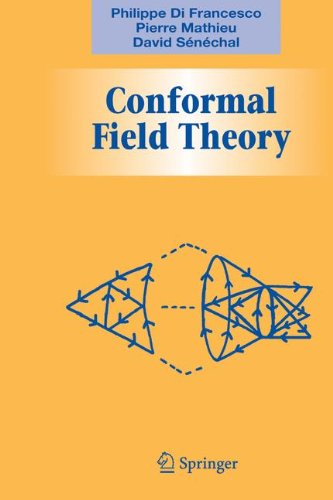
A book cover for Conformal Field Theory (Graduate Texts in Contemporary Physics); Philippe Francesco; Science & Math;